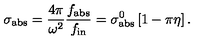
\sigma _ { \mathrm { a b s } } = { \frac { 4 \pi } { \omega ^ { 2 } } } { \frac { f _ { \mathrm { a b s } } } { f _ { \mathrm { i n } } } } = \sigma _ { \mathrm { a b s } } ^ { 0 } \left[ 1 - \pi \eta \right] .